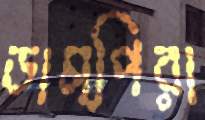
ডাম্পিরা